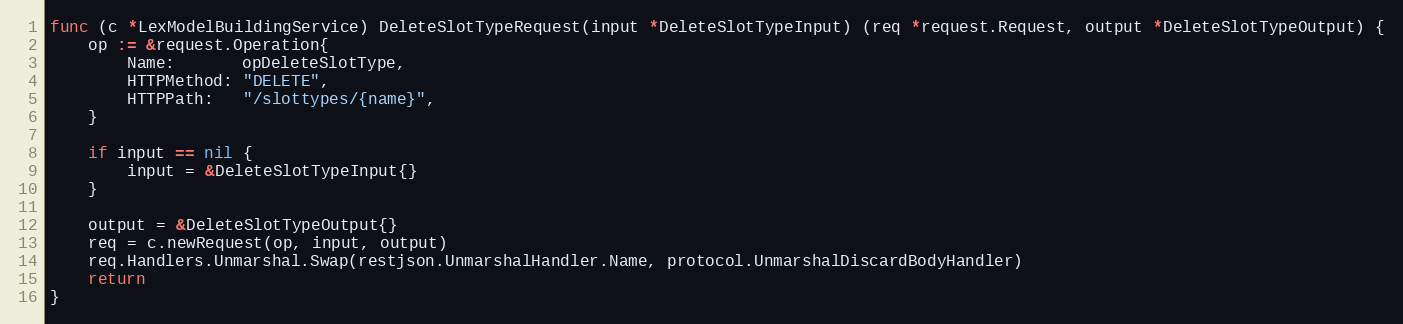
Language: Go
func (c *LexModelBuildingService) DeleteSlotTypeRequest(input *DeleteSlotTypeInput) (req *request.Request, output *DeleteSlotTypeOutput) {
	op := &request.Operation{
		Name:       opDeleteSlotType,
		HTTPMethod: "DELETE",
		HTTPPath:   "/slottypes/{name}",
	}

	if input == nil {
		input = &DeleteSlotTypeInput{}
	}

	output = &DeleteSlotTypeOutput{}
	req = c.newRequest(op, input, output)
	req.Handlers.Unmarshal.Swap(restjson.UnmarshalHandler.Name, protocol.UnmarshalDiscardBodyHandler)
	return
}